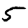
Digit: 5